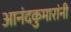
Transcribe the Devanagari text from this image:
आनंदकुमारांनी